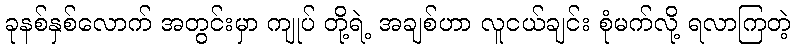
ခုနစ်နှစ်လောက် အတွင်းမှာ ကျုပ် တို့ရဲ့ အချစ်ဟာ လူငယ်ချင်း စုံမက်လို့ ရလာကြတဲ့